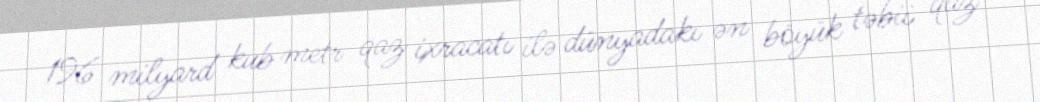
196 milyard kub metr qaz ixracatı ilə dünyadakı ən böyük təbii qaz